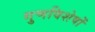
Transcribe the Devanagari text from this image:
गुणविशेषों